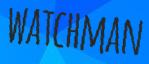
WATCHMAN